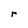
Character: r